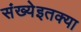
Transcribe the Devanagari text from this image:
संख्येइतक्या